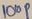
Text: 100P